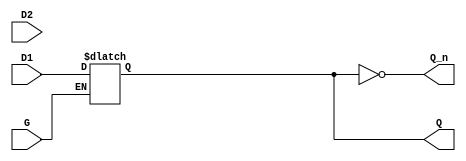
module dual_input_gated_latch (
    input wire D1,        // First data input
    input wire D2,        // Second data input
    input wire G,         // Gate control input (active high)
    output reg Q,         // Latch output
    output wire Q_n       // Inverted output
);

// Inverted output logic
assign Q_n = ~Q;

// Latch behavior
always @(G or D1 or D2) begin
    if (G) begin
        // When G is high, latch is transparent
        // You can implement selection logic here if needed
        Q <= D1; // Example: Select D1 for capturing
        // Alternatively, use a multiplexer or additional control signals to choose between D1 and D2
        // Q <= (select_signal) ? D1 : D2; // Uncomment this line if you have a selection signal
    end
    // When G is low, Q retains its last state
end

endmodule